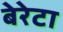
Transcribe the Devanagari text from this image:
बेरेटा